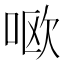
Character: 𫪘